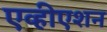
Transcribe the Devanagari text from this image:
एव्हीएशन